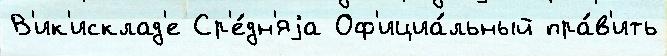
В'ик'исклад'е Ср'е́дн'яjа Оф'ициа́льный пра́в'ить